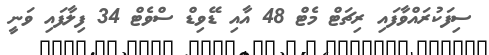
ސިފަކުރައްވާފައި ރިޗަޓް މެޓް 48 އާއި ޑޭވިޑް ސްވެޓް 34 ފިލާފައި ވަނީ